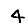
Digit: 4